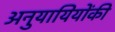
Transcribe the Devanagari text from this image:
अनुयायियोंकी